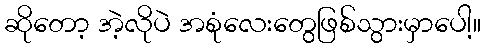
ဆိုတော့ အဲ့လိုပဲ အစုံလေးတွေဖြစ်သွားမှာပေါ့။